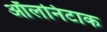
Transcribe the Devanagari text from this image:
ऑलनिटाक